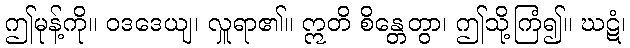
ဤမုန့်ကို။ ဝဒဒေယျ၊ လှူရာ၏။ ဣတိ စိန္တေတွာ၊ ဤသို့ကြံ၍။ ဃဋံ၊